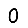
Digit: 0